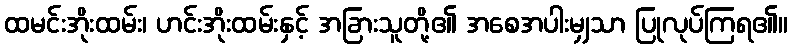
ထမင်းအိုးထမ်း၊ ဟင်းအိုးထမ်းနှင့် အခြားသူတို့၏ အစေအပါးမျှသာ ပြုလုပ်ကြရ၏။